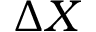
\Delta X